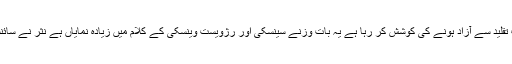
جدید تر روسی ادب تقلید سے آزاد ہونے کی کوشش کر رہا ہے یہ بات وزنے سینسکی اور رژویست وینسکی کے کلام میں زیادہ نمایاں ہے نثر نے سائنسی رنگ پکڑا ہے۔